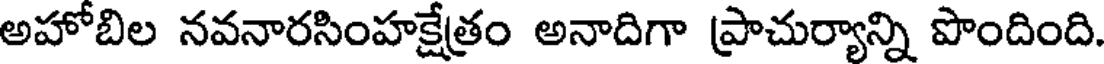
అహోబిల నవనారసింహక్షేత్రం అనాదిగా ప్రాచుర్యాన్ని పొందింది.